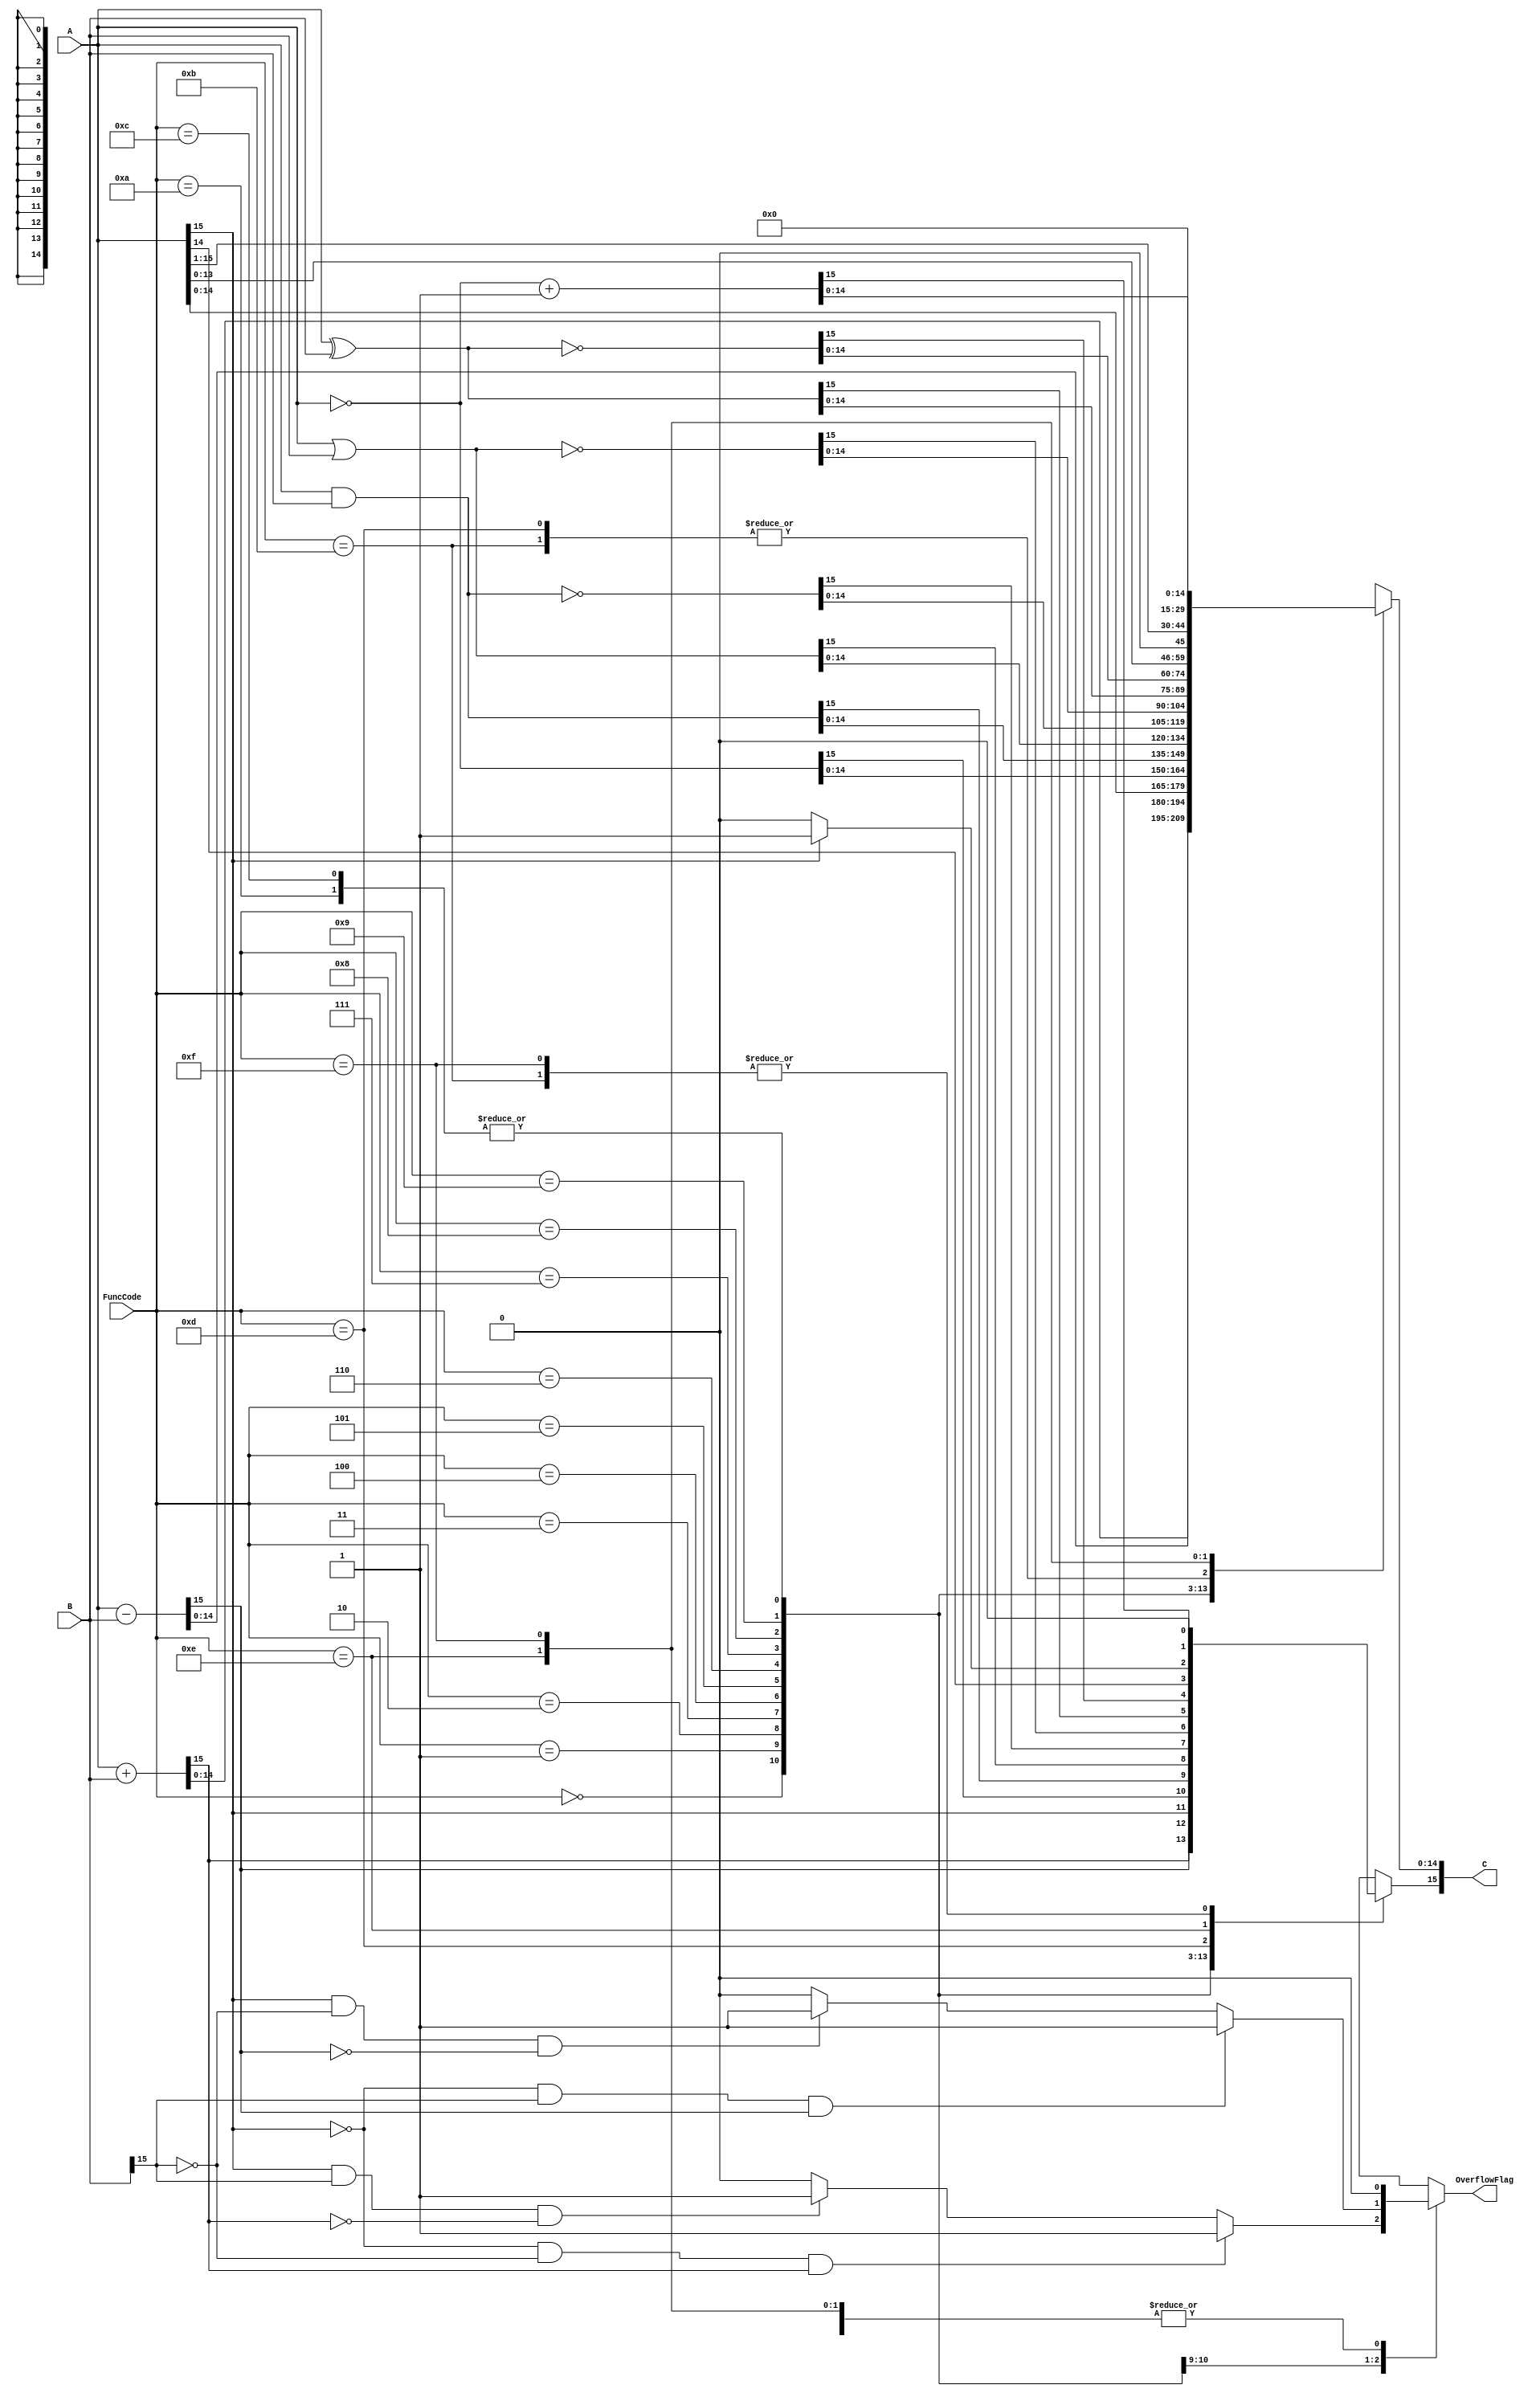
module ALU #(parameter data_width = 16) (
	input [data_width - 1 : 0] A, 
	input [data_width - 1 : 0] B, 
	input [3 : 0] FuncCode,
       	output reg [data_width - 1: 0] C,
       	output reg OverflowFlag);
// Do not use delay in your implementation.

// You can declare any variables as needed.

initial begin
	C = 0;
	OverflowFlag = 0;
end   	

// TODO: You should implement the functionality of ALU!
// (HINT: Use 'always @(...) begin ... end')
	always @(A or B or FuncCode) begin
		case(FuncCode)
			4'b0000: begin
				C = A + B;
				if(A[data_width - 1] == 0 && B[data_width - 1] == 0 && C[data_width - 1] == 1) OverflowFlag <= 1;
				else if(A[data_width - 1] == 1 && B[data_width - 1] == 1 && C[data_width - 1] == 0) OverflowFlag <= 1;
				else
					OverflowFlag <= 0;
			end 
			4'b0001: begin
				C = A - B;
				if(A[data_width - 1] == 0 && B[data_width - 1] == 1 && C[data_width - 1] == 1) OverflowFlag <= 1;
				else if(A[data_width - 1] == 1 && B[data_width - 1] == 0 && C[data_width - 1] == 0) OverflowFlag <= 1;
				else
					OverflowFlag <= 0;
			end 
			4'b0010: begin
				C <= A; OverflowFlag <= 0;
			end
			4'b0011: begin
				C <= ~A; OverflowFlag <= 0;
			end
			4'b0100: begin
				C <= A & B; OverflowFlag <= 0;
			end
			4'b0101: begin
				C <= A|B; OverflowFlag <= 0;
			end
			4'b0110: begin
				C <= ~(A&B); OverflowFlag <= 0;
			end
			4'b0111: begin
				C <= ~(A|B); OverflowFlag <= 0;
			end
			4'b1000: begin
				C <= A^B; OverflowFlag <= 0;
			end
			4'b1001: begin
				C <= ~(A^B); OverflowFlag <= 0;
			end
			4'b1010: begin
				C <= (A << 1); OverflowFlag <= 0;
			end
			4'b1011: begin
				C <= (A >> 1); OverflowFlag <= 0;
			end
			4'b1100: begin
				C <= (A <<<1); OverflowFlag <= 0;
			end
			4'b1101: begin
				C = (A >>> 1); OverflowFlag <= 0;
				if(A[data_width-1] == 1) C[data_width-1] = 1;
				else C[data_width-1] = 0;
			end
			4'b1110: begin
				C = ~A +1; OverflowFlag <= 0;
			end
			4'b1111: begin
				C <= 0; OverflowFlag <= 0;
			end
		endcase
	end
endmodule